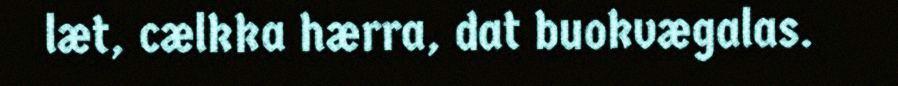
læt, cælkka hærra, dat buokvægalas.